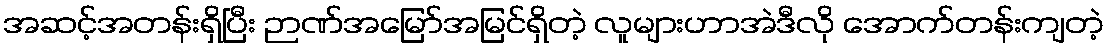
အဆင့်အတန်းရှိပြီး ဉာဏ်အမြော်အမြင်ရှိတဲ့ လူများဟာအဲဒီလို အောက်တန်းကျတဲ့